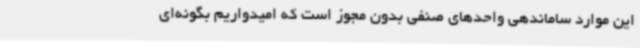
این موارد ساماندهی واحدهای صنفی بدون مجوز است که امیدواریم بگونه‌ای